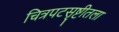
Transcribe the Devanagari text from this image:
चित्रपटसृष्टीतला